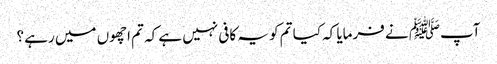
آپﷺ نے فرمایا کہ کیا تم کو یہ کافی نہیں ہے کہ تم اچھوں میں رہے ؟